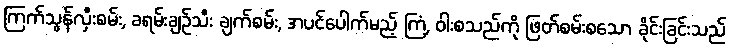
ကြက်သွန်လှီးစမ်း, ခရမ်းချဉ်သီး ချက်စမ်း, အပင်ပေါက်မည့် ကြံ, ဝါးစသည်ကို ဖြတ်စမ်းစသော ခိုင်းခြင်းသည်